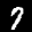
Label: 7